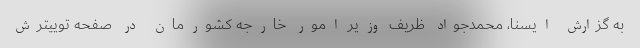
به گزارش ایسنا، محمدجواد ظریف وزیر امور خارجه کشورمان در صفحه توییترش